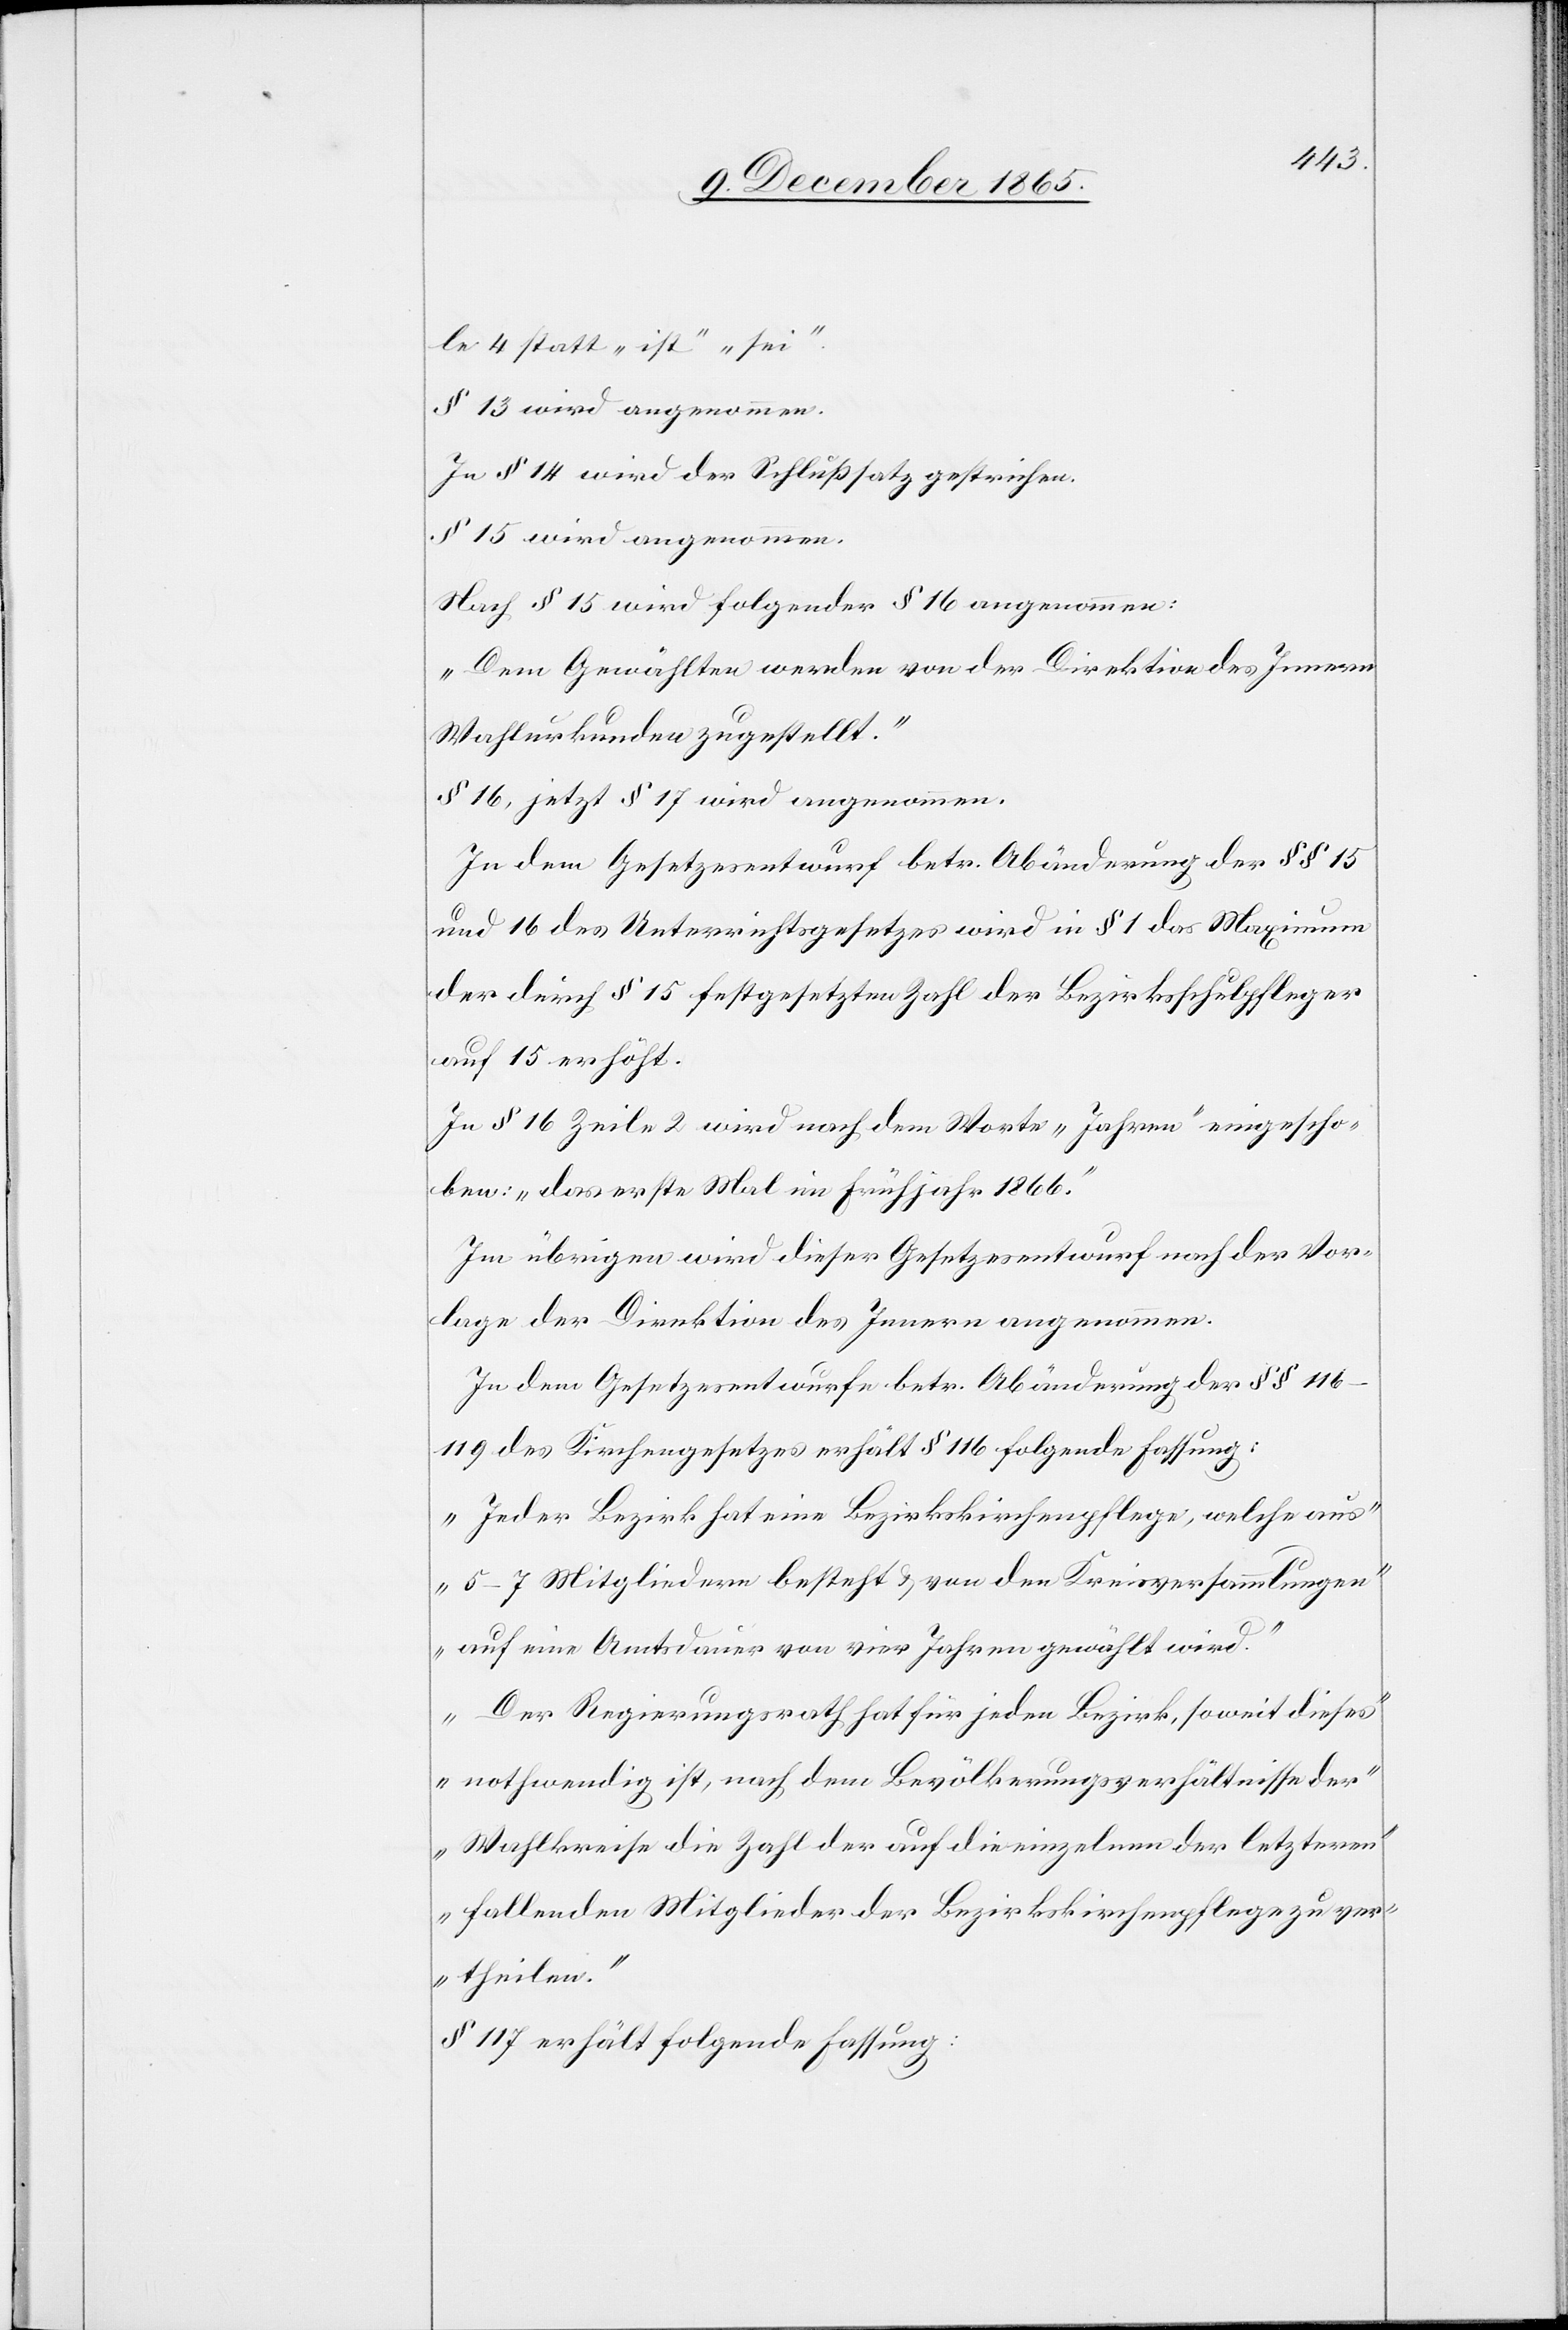
le 4 statt „ist“ „sei“.
§ 13 wird angenommen.
In § 14 wird der Schlußsatz gestrichen.
§ 15 wird angenommen.
Nach § 15 wird folgender § 16 angenommen:
„Dem Gewählten werde von der Direktion des Innern
Wahlurkunde zugestellt.“
§ 16, jetzt § 17 wird angenommen.
In dem Gesetzesentwurf betr. Abänderung der §§ 15
und 16 des Unterrichtsgesetzes wird in § 1 das Maximum
der durch § 15 festgesetzten Zahl der Bezirksschulpfleger
auf 15 erhöht.
In § 16 Zeile 2 wird nach dem Worte „Jahren“ eingescho¬
ben: „das erste Mal im Frühjahr 1866.“
Im übrigen [sic!] wird dieser Gesetzesentwurf nach der Vor¬
lage der Direktion des Innern angenommen.
In dem Gesetzesentwurfe betr. Abänderung der §§ 116–119
des Kirchgengesetzes erhält § 116 folgende Fassung:
„Jeder Bezirk hat eine Bezirksschulpflege, welche aus
5–7 Mitgliedern besteht & von den Kreisversammlungen
auf eine Amtsdauer von vier Jahren gewählt wird.
Der Regierungsrath hat für jeden Bezirk, soweit dieses
nothwendig ist, nach dem Bevölkerungsverhältnisse der
Wahlkreise die Zahl der auf die einzelnen der letzteren
fallenden Mitglieder der Bezirkskirchenpflege zu ver¬
theilen.“
§ 117 erhält folgende Fassung: